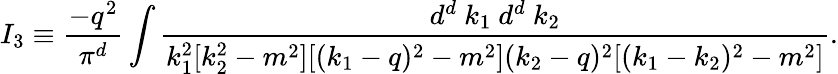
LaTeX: I_{3}\equiv\frac{-q^{2}}{\pi^{d}}\int\frac{d^{d}~k_{1}~d^{d}~k_{2}}{k_{1}^{2}[k_{2}^{2}-m^{2}][(k_{1}-q)^{2}-m^{2}](k_{2}-q)^{2}[(k_{1}-k_{2})^{2}-m^{2}]}.